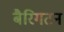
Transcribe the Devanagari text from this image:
बैरिगटन